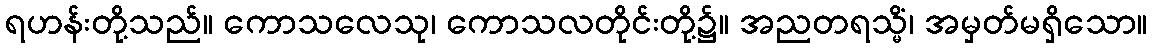
ရဟန်းတို့သည်။ ကောသလေသု၊ ကောသလတိုင်းတို့၌။ အညတရသ္မိံ၊ အမှတ်မရှိသော။